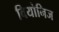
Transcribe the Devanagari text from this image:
वियोनिज